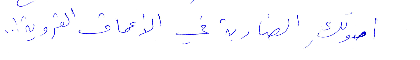
اصولك الصاربة في الأعماق القروية!...